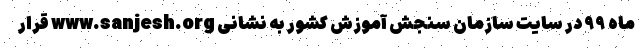
ماه ۹۹ در سایت سازمان سنجش آموزش کشور به نشانی www.sanjesh.org قرار